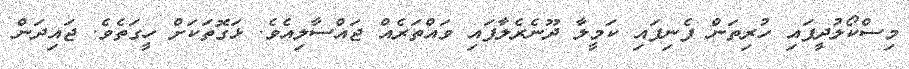
މިސްކޯލުދީފައި ހުރިތަން ފެނިފައި ކަމީލާ ދޫނެރެލާފައި ވައްތަރެއް ޖައްސާލިއެވެ. ޅަގޮތަކަށް ހީގަތެވެ. ޖައިދަން